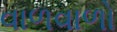
વાળવાળો